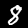
Digit: 8